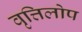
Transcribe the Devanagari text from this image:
वृत्तिलोप